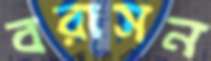
বরাসন